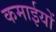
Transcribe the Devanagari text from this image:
कमाईयों